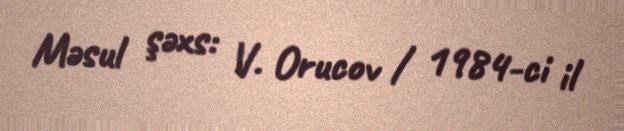
Məsul şəxs: V. Orucov / 1984-ci il